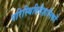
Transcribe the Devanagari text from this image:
परिस्थितिवैज्ञानिकों